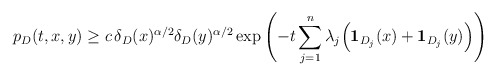
\begin{align*}p_D(t, x, y)\ge c \,\delta_D(x)^{\alpha/2}\delta_D(y)^{\alpha/2}\exp\left(-t\sum_{j=1}^n \lambda_j\Big({\bf 1}_{D_j}(x)+{\bf 1}_{D_j}(y)\Big)\right)\end{align*}